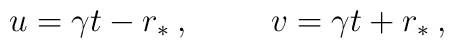
u=\gamma t-r_{\ast}\:, \hskip 1cmv=\gamma t+r_{\ast}\:,